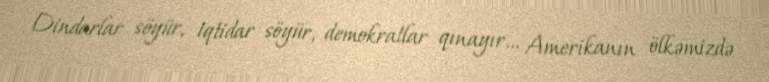
Dindarlar söyür, iqtidar söyür, demokratlar qınayır... Amerikanın ölkəmizdə